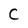
Character: C